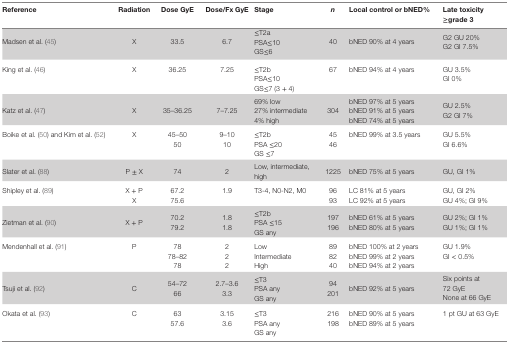
| Reference | Radiation | Dose GyE | Dose/Fx GyE | Stage | n | Local control or bNED% | Late toxicity ≥grade 3 |
 | --- | --- | --- | --- | --- | --- | --- | --- |
 | Madsen et al. (45) | X | 33.5 | 6.7 | ≤T2aPSA≤10GS≤6 | 40 | bNED 90% at 4 years | G2 GU 20%G2 GI 7.5% |
 | King et al. (46) | X | 36.25 | 7.25 | ≤T2bPSA≤10GS≤7 (3 + 4) | 67 | bNED 94% at 4 years | GU 3.5%GI 0% |
 | Katz et al. (47) | X | 35–36.25 | 7–7.25 | 69% low27% intermediate4% high | 304 | bNED 97% at 5 yearsbNED 91% at 5 yearsbNED 74% at 5 years | GU 2.5%G2 GI 7% |
 | Boike et al. (50) and Kim et al. (52) | X | 45–5050 | 9–1010 | ≤T2bPSA ≤20GS ≤7 | 4546 | bNED 99% at 3.5 years | GU 5.5%GI 6.6% |
 | Slater et al. (88) | P ± X | 74 | 2 | Low, intermediate, high | 1225 | bNED 75% at 5 years | GU, GI 1% |
 | Shipley et al. (89) | X + PX | 67.275.6 | 1.9 | T3-4, N0-N2, M0 | 9693 | LC 81% at 5 yearsLC 92% at 5 years | GU, GI 2%GU 4%; GI 9% |
 | Zietman et al. (90) | X + P | 70.279.2 | 1.81.8 | ≤T2bPSA ≤15GS any | 197196 | bNED 61% at 5 yearsbNED 80% at 5 years | GU 2%; GI 1%GU 1%; GI 1% |
 | Mendenhall et al. (91) | P | 7878–8278 | 222 | LowIntermediateHigh | 898240 | bNED 100% at 2 yearsbNED 99% at 2 yearsbNED 94% at 2 years | GU 1.9%GI < 0.5% |
 | Tsuji et al. (92) | C | 54–7266 | 2.7–3.63.3 | ≤T3PSA anyGS any | 94201 | bNED 92% at 5 years | Six points at 72 GyENone at 66 GyE |
 | Okata et al. (93) | C | 6357.6 | 3.153.6 | ≤T3PSA anyGS any | 216198 | bNED 90% at 5 yearsbNED 89% at 5 years | 1 pt GU at 63 GyE |